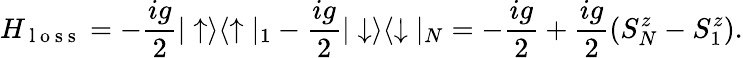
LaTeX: H_{\mathrm{~l~o~s~s~}}=-\frac{ig}{2}|\uparrow\rangle\langle\uparrow|_{1}-\frac{ig}{2}|\downarrow\rangle\langle\downarrow|_{N}=-\frac{ig}{2}+\frac{ig}{2}(S_{N}^{z}-S_{1}^{z}).